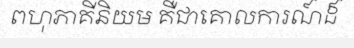
ពហុភាគីនិយម គឺជាគោលការណ៍ដ៏